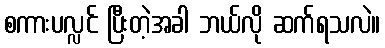
စကားပလ္လင် ပြီးတဲ့အခါ ဘယ်လို ဆက်ရသလဲ။